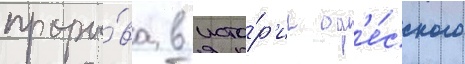
проры́ва в исто́р'ии од'е́сского